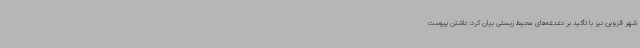
شهر قزوین نیز با تأکید بر دغدغه‌های محیط زیستی بیان کرد: داشتن پیوست